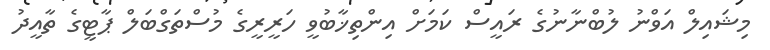
މިޝައިލް އަވްނު ލުބްނާނުގެ ރައީސް ކަމަށް އިންތިޚާބުވީ ހަރީރީގެ މުސްތަގްބަލް ޕާޓީގެ ތާއީދު